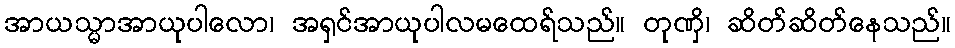
အာယသ္မာအာယုပါလော၊ အရှင်အာယုပါလမထေရ်သည်။ တုဏှိ၊ ဆိတ်ဆိတ်နေသည်။